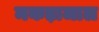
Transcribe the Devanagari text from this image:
मकड़ाजाल